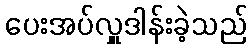
ပေးအပ်လှူဒါန်းခဲ့သည်